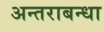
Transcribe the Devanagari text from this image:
अन्तराबन्धा